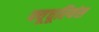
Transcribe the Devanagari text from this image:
फ्यूचूरियंस